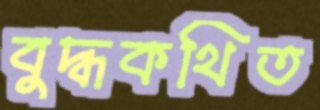
বুদ্ধকথিত